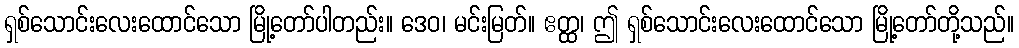
ရှစ်သောင်းလေးထောင်သော မြို့တော်ပါတည်း။ ဒေဝ၊ မင်းမြတ်။ ဧတ္ထ၊ ဤ ရှစ်သောင်းလေးထောင်သော မြို့တော်တို့သည်။